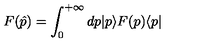
F ( \hat { p } ) = \int _ { 0 } ^ { + \infty } d p | p \rangle F ( p ) \langle p |